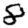
Digit: 8